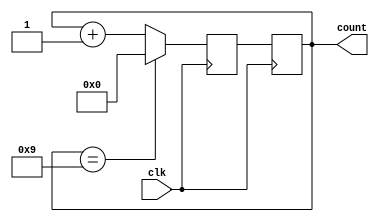
module decade_counter (
    input wire clk,
    output reg [3:0] count
);

reg [3:0] next_count;

always @ (posedge clk) begin
    if (count == 4'b1001) begin
        next_count <= 4'b0000;
    end else begin
        next_count <= count + 4'b0001;
    end
end

always @ (posedge clk) begin
    count <= next_count;
end

endmodule